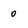
Character: 0